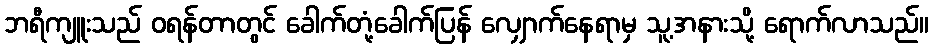
ဘရီကျူးသည် ဝရန်တာတွင် ခေါက်တုံ့ခေါက်ပြန် လျှောက်နေရာမှ သူ့အနားသို့ ရောက်လာသည်။